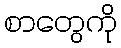
စာတွေကို